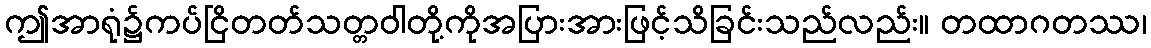
ဤအာရုံ၌ကပ်ငြိတတ်သတ္တဝါတို့ကိုအပြားအားဖြင့်သိခြင်းသည်လည်း။ တထာဂတဿ၊